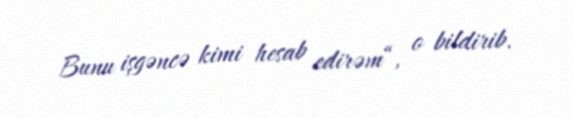
Bunu işgəncə kimi hesab edirəm“, o bildirib.